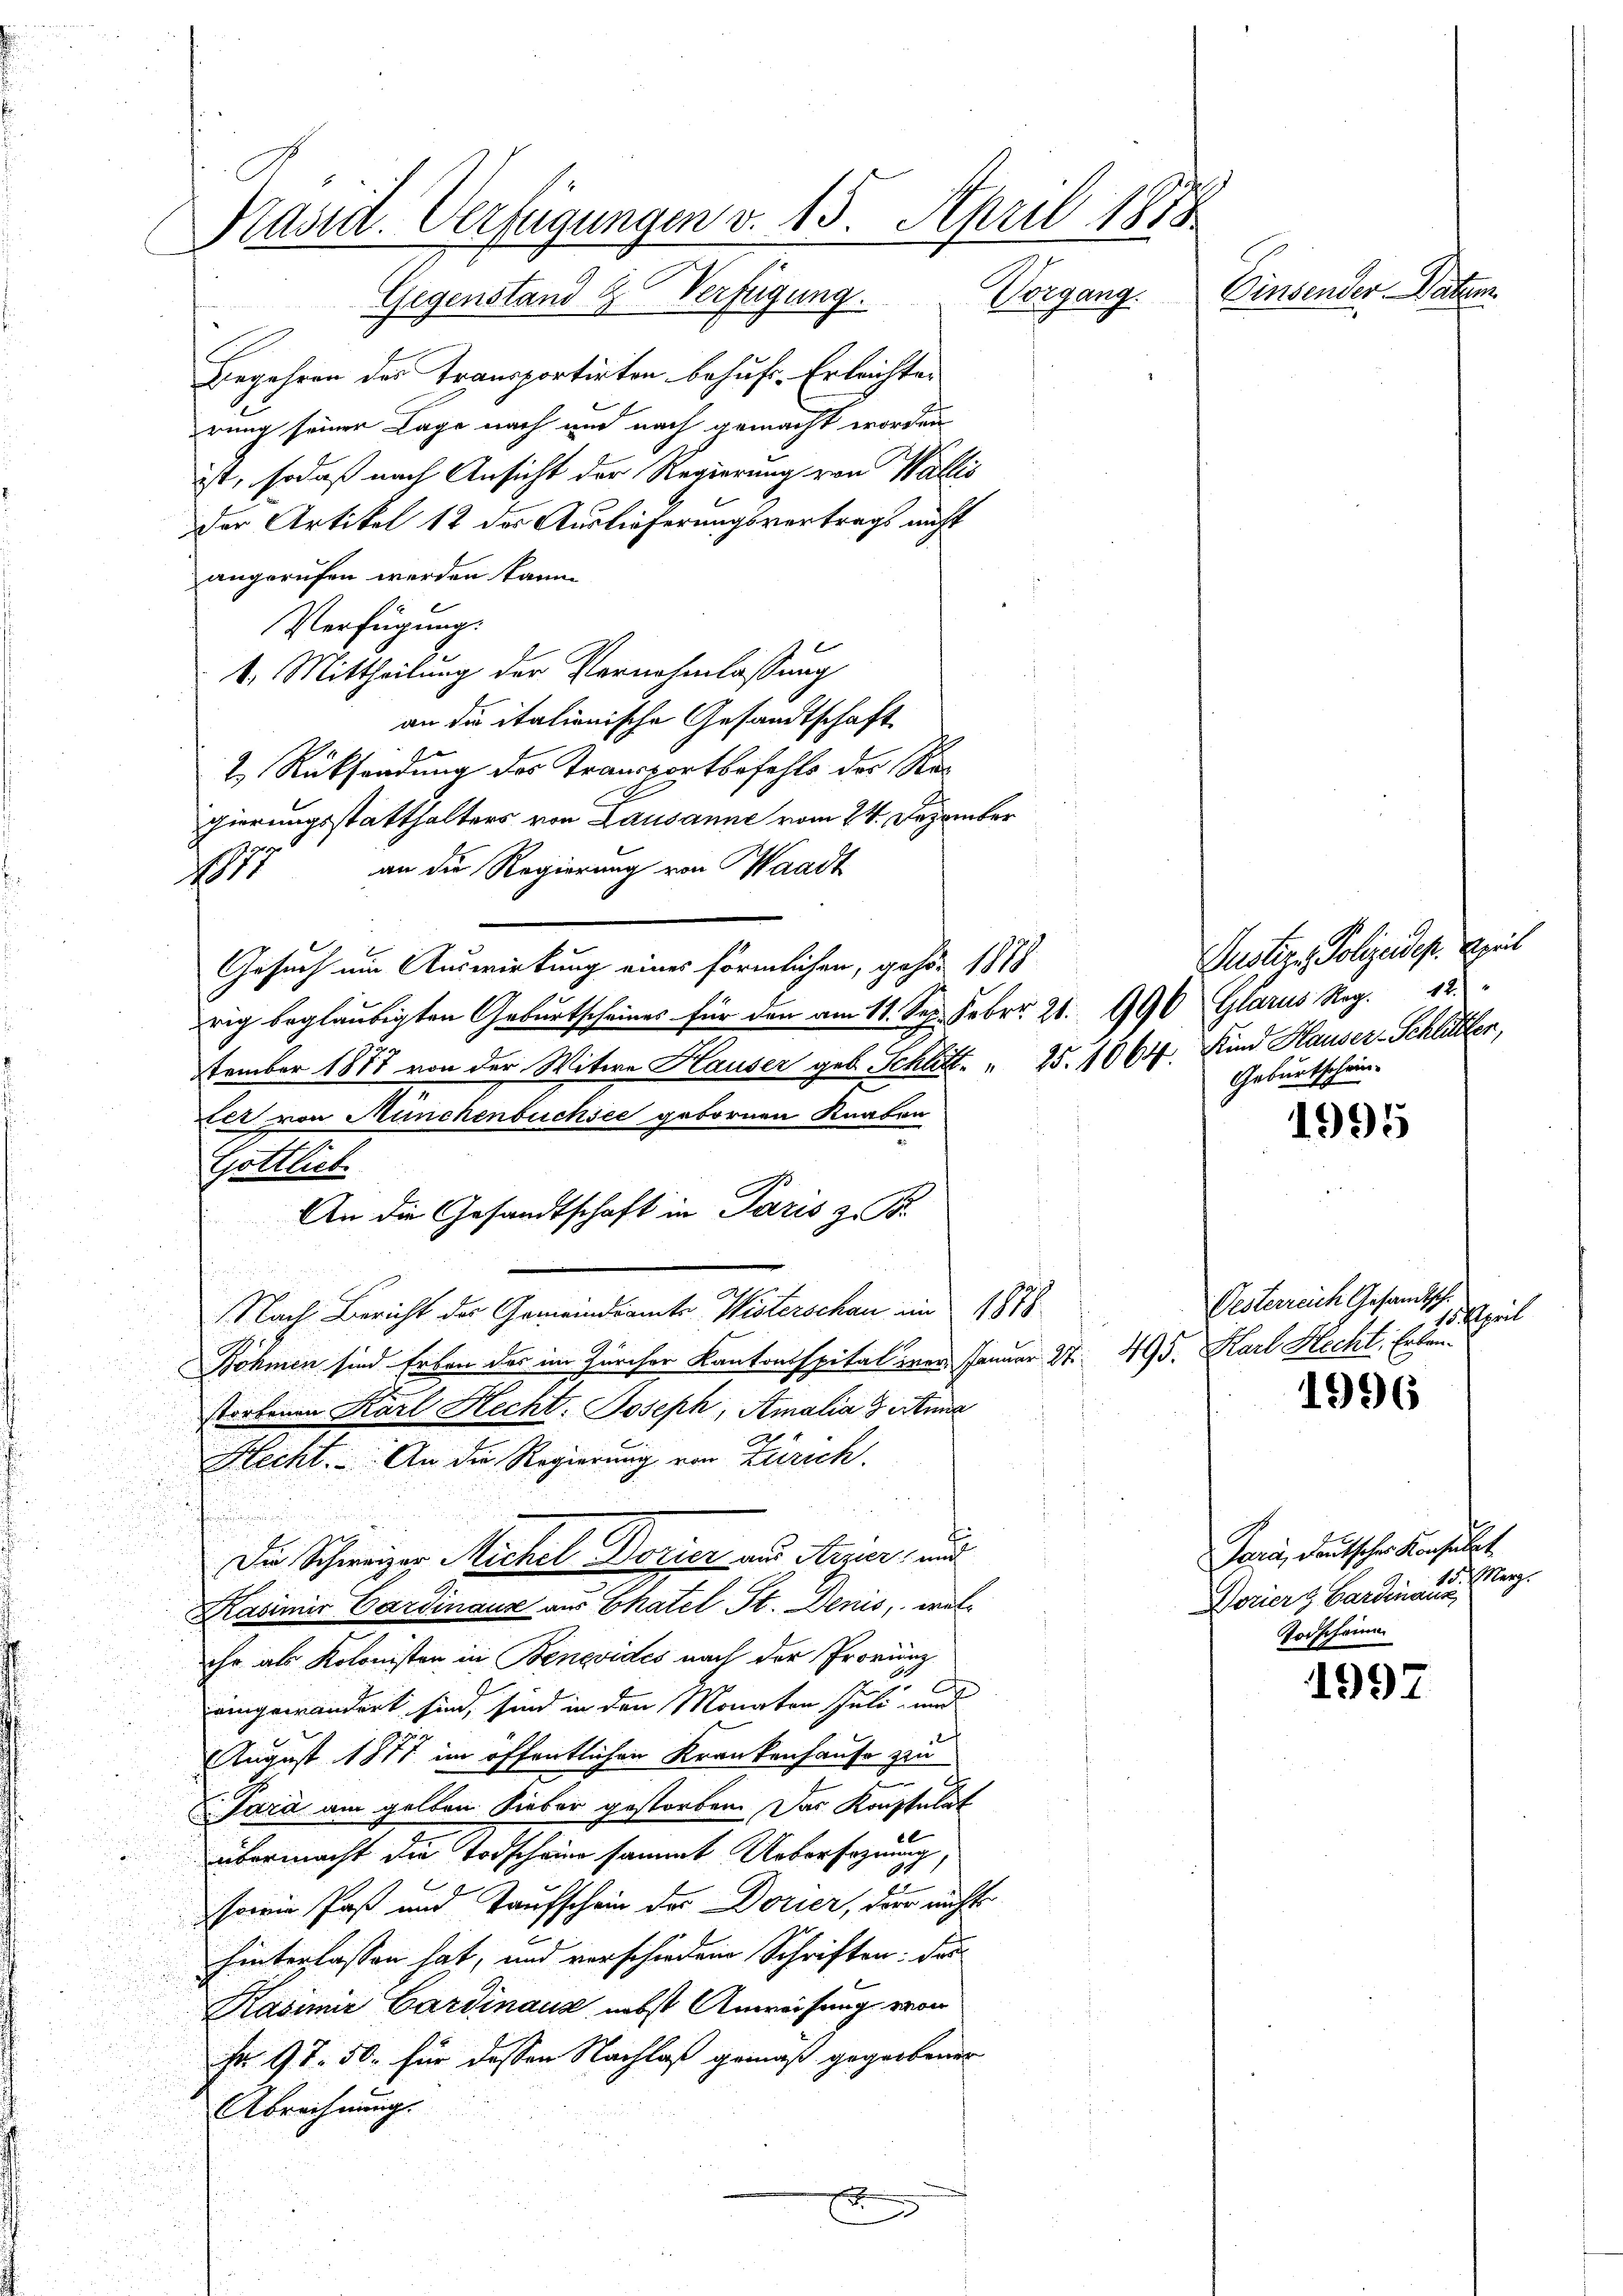
Pässet. Verfügungen v. 15. April 1858.

Gegenstand & Verfügung. Vorgang.
Begehren des Transportirten behufe. Erleichter
rung seiner Lage nach und nach gemacht worden
ist, sodaß nach Ansicht der Regierung von Wallis
der Artikel 12 des Auslieferungsvertrags nicht
angerufen werden kaum
Verfügung.
1. Mittheilung der Vernehmlassung
an die italienische Gesandtschaft
2 Rücksendung des Transportbefehls der Regierungsstatthalters von Lausanne vom 24. Dezember
1871 an die Regierung von Waadt
Gesuch um Auswirkung eines förmlichen, gehör 1878
rig beglaubigten Geburtscheines für den am 11. Sep. Febr. 21. 996 Glarus Reg. 12.
tember 1877 von der Witwe Hauser geb. Schlitt. " 25. 1064. Kind Hauser-Schlittler,
Let von Münchenbuchsee gebornen Knaben
Gottlich
An die Gesandtschaft in Paris z. B.
Nach Bericht der Gemeindsamte Wisterschau und 1878
Zöhmen sind Erben des im Zürcher Kantonsspital zuer Januar St. 495. Karl Hecht, Erbenstorbenen Karl Hecht. Joseph, Amalia Anna
Recht. An die Regierung von Zürich.
Die Schweizer Michel Borier aus Arzer, und
Kasimi Cardinaus aus Chatel St. Denis, welc
ihr als Kolonisten in Benevides nach der Provinz
1
eingewandert sind, sind in den Monaten Juli und
August 1877 im öffentlichen Krankenhause zu
Sara am gelben Sieber gestorben. Das Konstulat
übermacht die Todscheine sammt Uebersezung,
sowie Paß und Taufschein der Dorier, der nichts
hinterlassen hat, und verschiedene Schriften: das
Kasimir Gardinaus, nebst Anweisung von
Fr 97. 50. für dessen Nachlaß gemäß gegebenen
Abrechnung.
f
2

Leinwender Sachen

1995

Vesterreich Gesandtsch.
April

1996

Para, deutscher Konsulat
Marg.
Worier & Gardinanz
Todschaum

1997

Pustere Polizeidep. April
Geburtschein¬